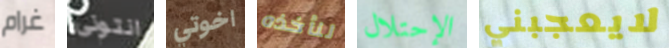
غرام انتونى اخوتي لنأخذه الإحتلال لايعجبني